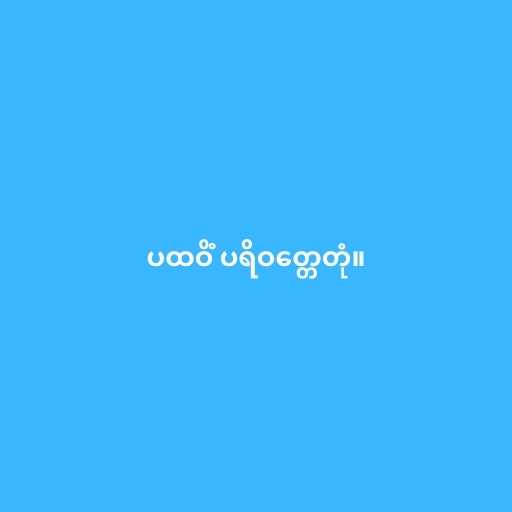
ပထဝိံ ပရိဝတ္တေတုံ။